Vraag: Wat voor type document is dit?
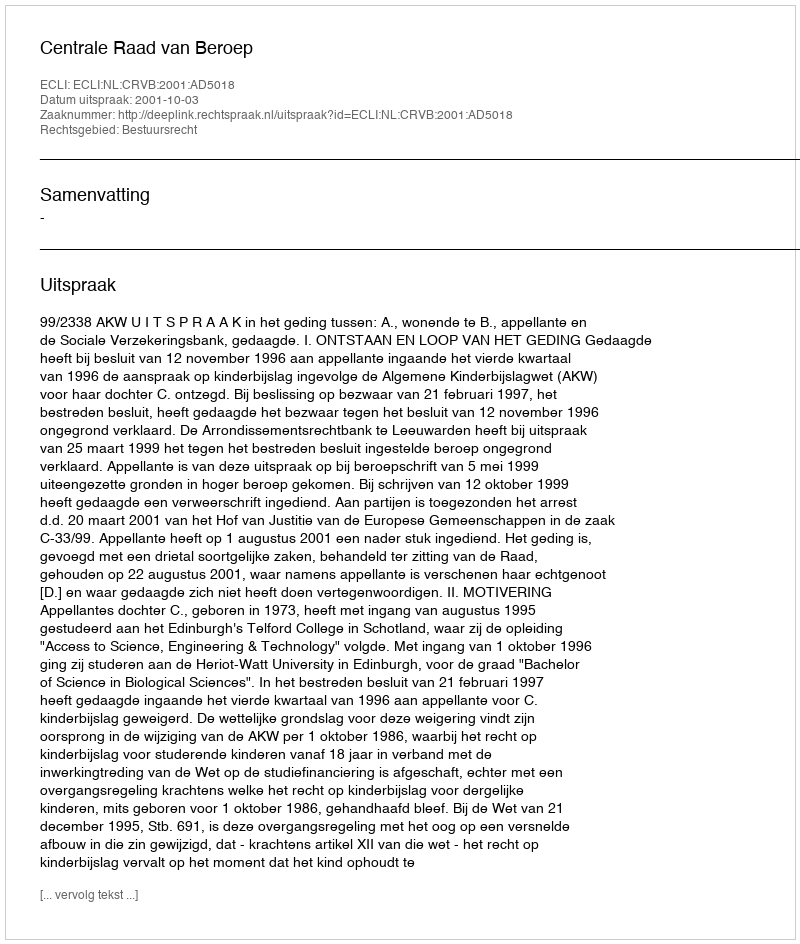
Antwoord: Uitspraak